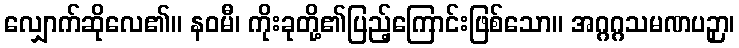
လျှောက်ဆိုလေ၏။ နဝမီ၊ ကိုးခုတို့၏ပြည့်ကြောင်းဖြစ်သော။ အဂ္ဂဂ္ဂသမဏပဉှာ၊